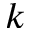
k